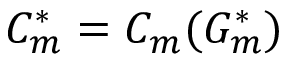
C _ { m } ^ { * } = C _ { m } ( G _ { m } ^ { * } )